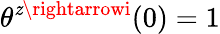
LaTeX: \theta^{\mathit{z}\rightarrowi}(0)=1